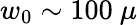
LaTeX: w_{0}\sim 100~\mu